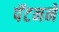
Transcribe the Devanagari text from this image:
पॅटनने